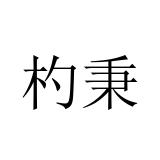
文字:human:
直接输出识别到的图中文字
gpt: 杓秉